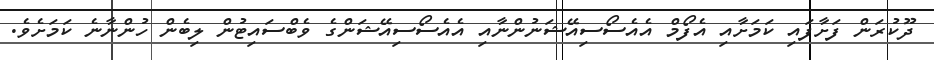
ދޫކުރަން ފަށާފައި ކަމަށާއި އެފޯމް އެއެސޯސިއޭޝަނުންނާއި އެއެސޯސިއޭޝަންގެ ވެބްސައިޓުން ލިބެން ހުންނާނެ ކަމަށެވެ.